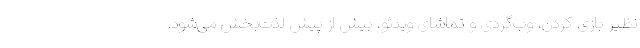
نظیر بازی کردن، وب‌گردی و تماشای ویدئو، بیش از پیش لذت‌بخش می‌شود.